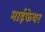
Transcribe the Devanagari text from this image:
माईफेयर